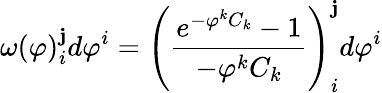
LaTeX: \omega(\varphi)_{i}^{\mathbf{j}}d\varphi^{i}=\left(\frac{{e^{-\varphi^{k}C_{k}}-1}}{{-\varphi^{k}C_{k}}}\right)_{i}^{\mathbf{j}}d\varphi^{i}